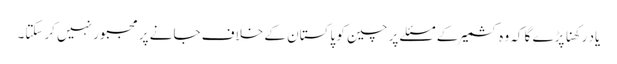
یاد رکھنا پڑے گا کہ وہ کشمیر کے مسئلے پر چین کو پاکستان کے خلاف جانے پر مجبور نہیں کرسکتا۔